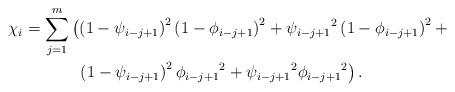
LaTeX: \begin{align*} &\chi_i = \sum_{j=1}^{m} \left( \left( 1 - \psi_{i-j+1} \right)^2 \left( 1 - \phi_{i-j+1} \right)^2 + {\psi_{i-j+1}}^2 \left( 1 - \phi_{i-j+1} \right)^2 + \vphantom{U}\right. \\ &\qquad\qquad\left.\vphantom{U} \left( 1 - \psi_{i-j+1} \right)^2 {\phi_{i-j+1}}^2 + {\psi_{i-j+1}}^2 {\phi_{i-j+1}}^2 \right) .\end{align*}